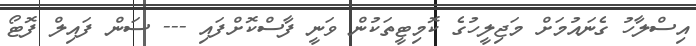
އިސްލާހު ގެނައުމަށް މަޖިލީހުގެ ކޮމިޓީތަކުން ވަނީ ފާސްކޮށްފައި --- ސަން ފައިލް ފޮޓޯ